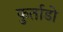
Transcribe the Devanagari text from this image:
फुर्ताडो